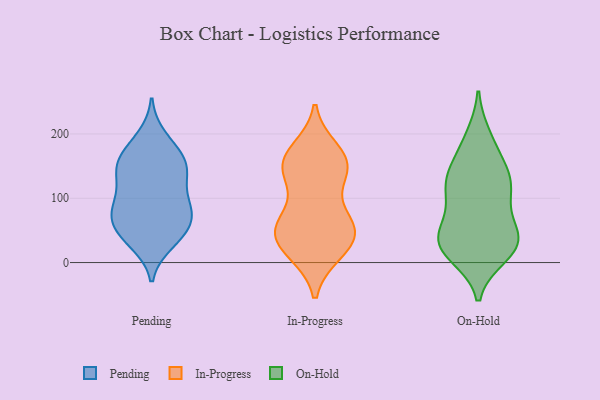
{"axis": {"x": "Inventory Turnover", "y": "Value"}, "legend": ["In-Progress", "On-Hold", "Pending"], "data": [{"x": "", "y": 140, "type": "Pending"}, {"x": "", "y": 41, "type": "Pending"}, {"x": "", "y": 156, "type": "Pending"}, {"x": "", "y": 41, "type": "Pending"}, {"x": "", "y": 148, "type": "Pending"}, {"x": "", "y": 31, "type": "Pending"}, {"x": "", "y": 111, "type": "Pending"}, {"x": "", "y": 76, "type": "Pending"}, {"x": "", "y": 163, "type": "Pending"}, {"x": "", "y": 195, "type": "Pending"}, {"x": "", "y": 75, "type": "Pending"}, {"x": "", "y": 83, "type": "Pending"}, {"x": "", "y": 180, "type": "Pending"}, {"x": "", "y": 149, "type": "Pending"}, {"x": "", "y": 66, "type": "Pending"}, {"x": "", "y": 46, "type": "Pending"}, {"x": "", "y": 94, "type": "Pending"}, {"x": "", "y": 133, "type": "Pending"}, {"x": "", "y": 81, "type": "Pending"}, {"x": "", "y": 52, "type": "In-Progress"}, {"x": "", "y": 43, "type": "In-Progress"}, {"x": "", "y": 62, "type": "In-Progress"}, {"x": "", "y": 57, "type": "In-Progress"}, {"x": "", "y": 174, "type": "In-Progress"}, {"x": "", "y": 159, "type": "In-Progress"}, {"x": "", "y": 21, "type": "In-Progress"}, {"x": "", "y": 19, "type": "In-Progress"}, {"x": "", "y": 156, "type": "In-Progress"}, {"x": "", "y": 54, "type": "In-Progress"}, {"x": "", "y": 162, "type": "In-Progress"}, {"x": "", "y": 16, "type": "In-Progress"}, {"x": "", "y": 145, "type": "In-Progress"}, {"x": "", "y": 61, "type": "In-Progress"}, {"x": "", "y": 125, "type": "In-Progress"}, {"x": "", "y": 139, "type": "In-Progress"}, {"x": "", "y": 43, "type": "On-Hold"}, {"x": "", "y": 124, "type": "On-Hold"}, {"x": "", "y": 115, "type": "On-Hold"}, {"x": "", "y": 30, "type": "On-Hold"}, {"x": "", "y": 185, "type": "On-Hold"}, {"x": "", "y": 99, "type": "On-Hold"}, {"x": "", "y": 138, "type": "On-Hold"}, {"x": "", "y": 61, "type": "On-Hold"}, {"x": "", "y": 150, "type": "On-Hold"}, {"x": "", "y": 25, "type": "On-Hold"}, {"x": "", "y": 19, "type": "On-Hold"}, {"x": "", "y": 27, "type": "On-Hold"}, {"x": "", "y": 195, "type": "On-Hold"}, {"x": "", "y": 38, "type": "On-Hold"}, {"x": "", "y": 108, "type": "On-Hold"}, {"x": "", "y": 41, "type": "On-Hold"}, {"x": "", "y": 130, "type": "On-Hold"}, {"x": "", "y": 12, "type": "On-Hold"}]}